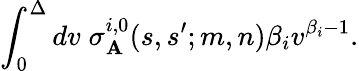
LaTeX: \int_{0}^{\Delta}dv\; \sigma_{\mathbf{A}}^{i,0}(s,s^{\prime};m,n)\beta_{i}v^{\beta_{i}-1}.